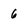
Character: 6